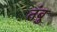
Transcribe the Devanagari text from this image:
तंबु